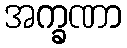
အက္ခဏာ